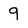
Character: 9